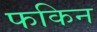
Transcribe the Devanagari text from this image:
फकिन